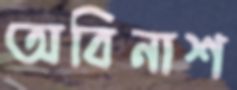
অবিনাশ